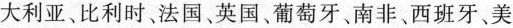
大利亚、比利时法国、英国、葡萄牙、南非、西班牙、美